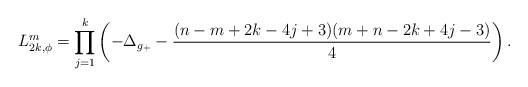
LaTeX: \begin{align*}L_{2k,\phi}^m = \prod_{j=1}^k \left(-\Delta_{g_+} - \frac{(n-m+2k-4j+3)(m+n-2k+4j-3)}{4}\right) .\end{align*}